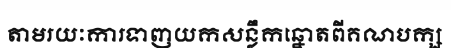
តាមរយៈការទាញយកសន្លឹកឆ្នោតពីគណបក្ស